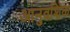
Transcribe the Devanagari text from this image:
आनुवशिंक